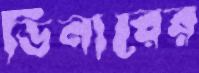
ডিনারের